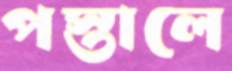
পস্তালে